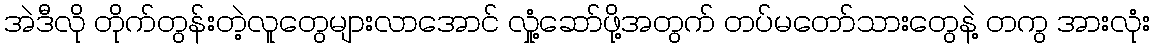
အဲဒီလို တိုက်တွန်းတဲ့လူတွေများလာအောင် လှုံ့ဆော်ဖို့အတွက် တပ်မတော်သားတွေနဲ့ တကွ အားလုံး